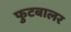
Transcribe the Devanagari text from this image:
फुटबालर